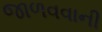
જાળવવાની